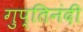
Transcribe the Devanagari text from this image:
गुप्तिनंदी